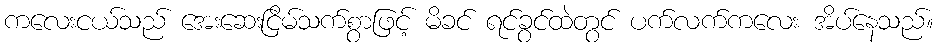
ကလေးငယ်သည် အေးဆေးငြိမ်သက်စွာဖြင့် မိခင် ရင်ခွင်ထဲတွင် ပက်လက်ကလေး အိပ်နေသည်။